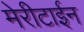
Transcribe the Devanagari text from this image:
मेरीटाईन